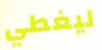
ليغطي